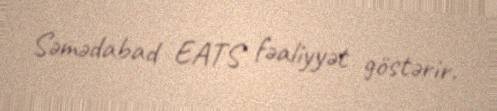
Səmədabad EATS fəaliyyət göstərir.